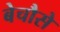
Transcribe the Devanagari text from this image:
बेचौसे